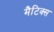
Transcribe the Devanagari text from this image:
मैटिक्स